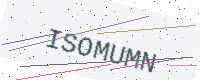
Text: ISOMUMN